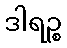
ဒါရဉ္စ